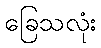
ခြေသလုံး